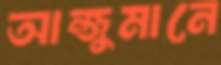
আন্জুমানে